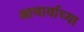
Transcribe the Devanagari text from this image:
आचार्याच्या